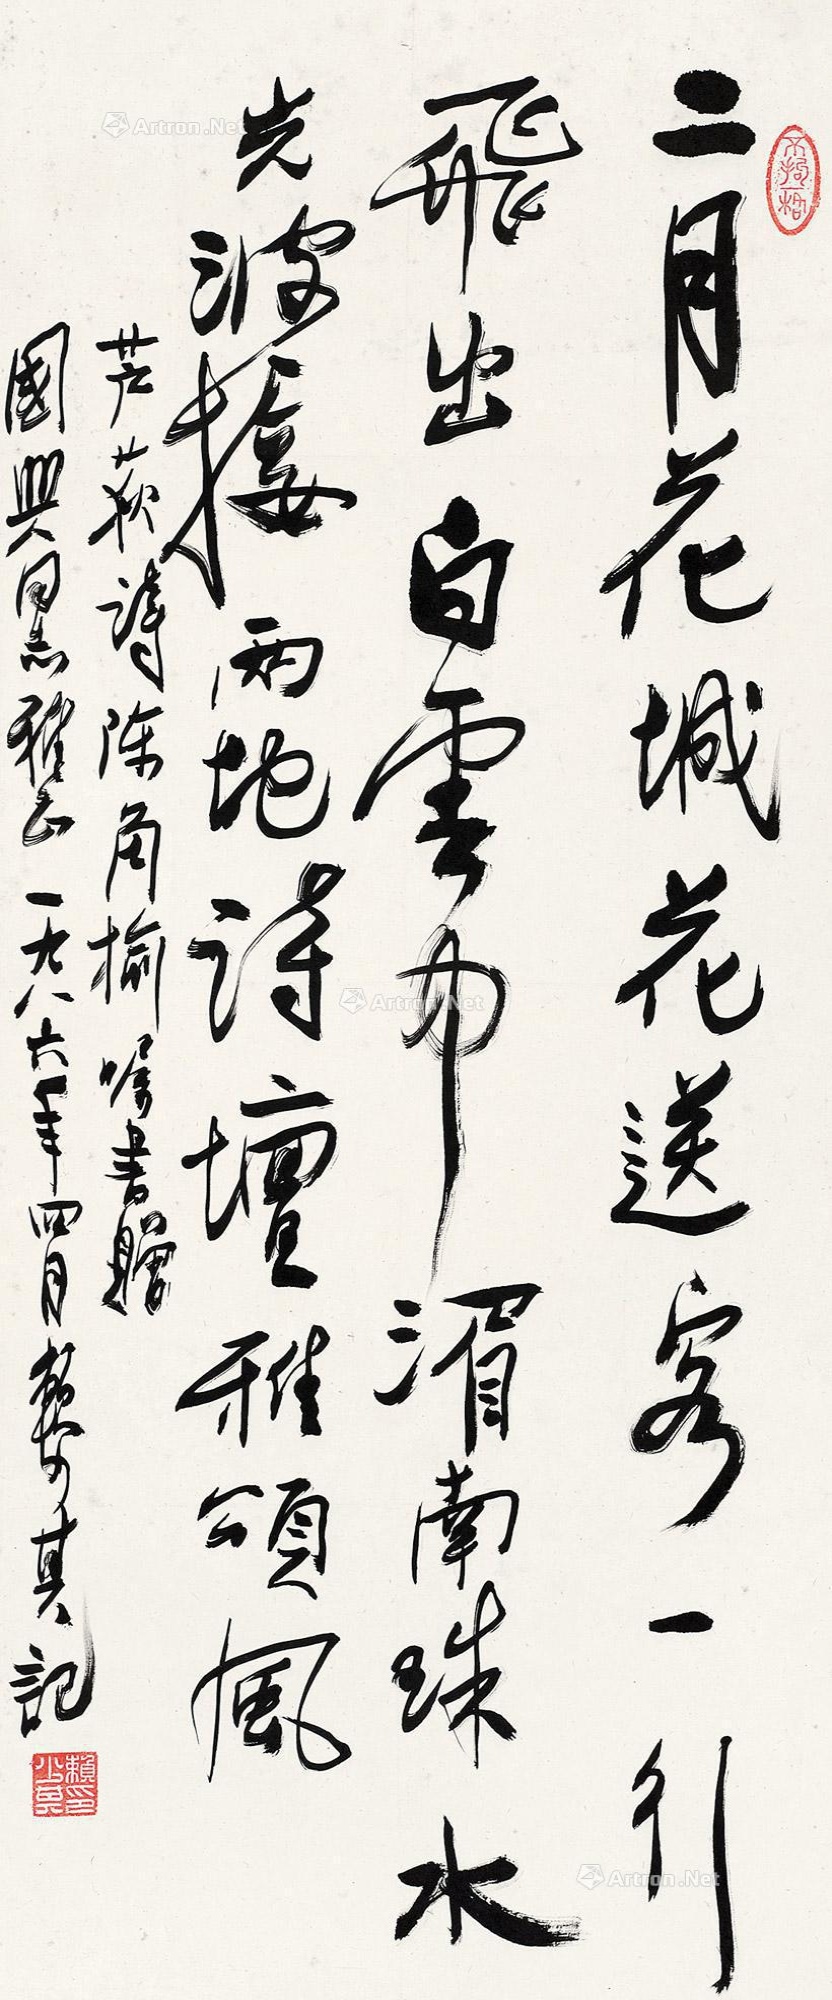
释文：二月花城花送客，一行飞出白云中。湄南珠水光波接，两地诗坛雅颂风。芦荻诗，陈角榆嘱书赠国兴同志雅正，一九八六年四月赖少其记。